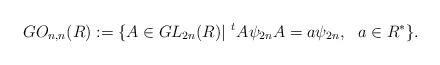
LaTeX: \begin{align*}GO_{n,n}(R):= \{ A \in GL_{2n}(R) | \,\, ^{t}A\psi_{2n}A = a\psi_{2n}, \,\, \,\, a \in R^{*} \}.\end{align*}